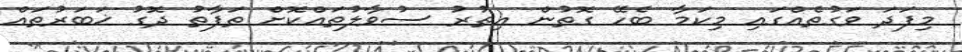
މިފަދަ ވަގުތެއްގައި މިކަމާ ބެހޭ ގޮތުން އިތުރު ސުވާލުތައްކޮށް ތަފާތު ދޮގު ޚަބަރުތައް